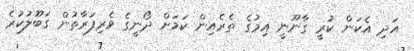
އަދި އެކަން ކުރީ ގާނޫނީ އިމުގެ ތެރެއިން ކަމަށް ދޯނީގެ ވެރިފަރާތުން ގަބޫލުކުރެ